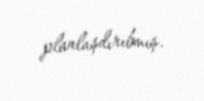
planlaşdırıbmış.